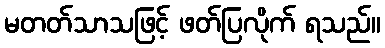
မတတ်သာသဖြင့် ဖတ်ပြလိုက် ရသည်။